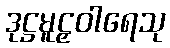
ဒုဋ္ဌမူဠှဝါရေသု